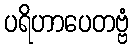
ပရိဟာပေတဗ္ဗံ